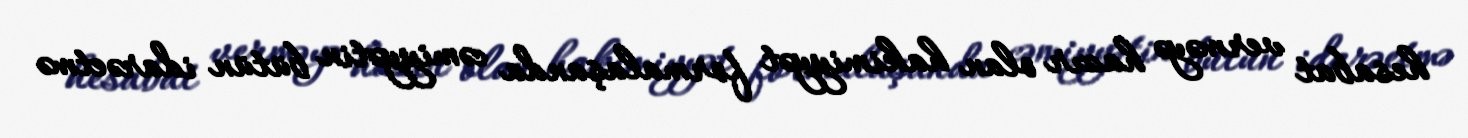
hesabat verməyə hazır olan hakimiyyət formalaşanda cəmiyyətin bütün idarəetmə